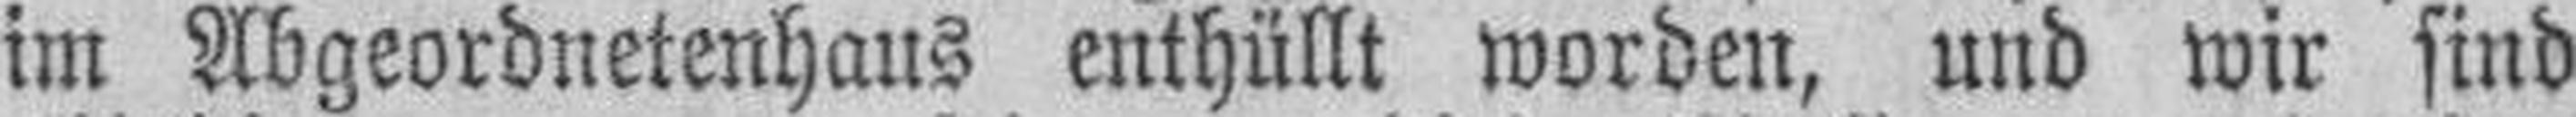
im Abgeordnetenhaus enthüllt worden, und wir sind